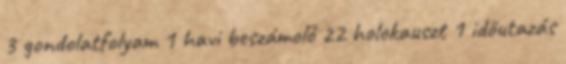
3 gondolatfolyam 1 havi beszámoló 22 holokauszt 1 időutazás